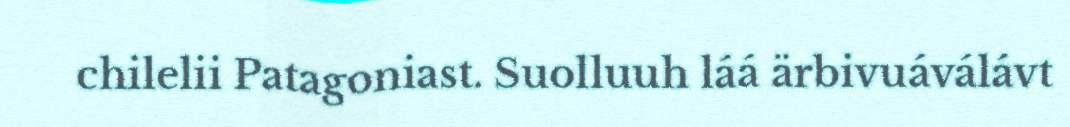
chilelii Patagoniast. Suolluuh láá ärbivuáválávt